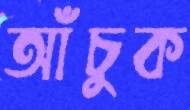
আঁচুক